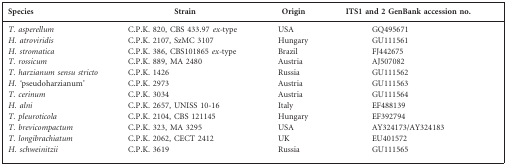
<table><thead><tr><td><b>Species</b></td><td><b>Strain</b></td><td><b>Origin</b></td><td><b>ITS1 and 2 GenBank accession no.</b></td></tr></thead><tbody><tr><td><i>T. asperellum</i></td><td>C.P.K. 820, CBS 433.97 <i>ex-</i>type</td><td>USA</td><td>GQ495671</td></tr><tr><td><i>H. atroviridis</i></td><td>C.P.K. 2107, SzMC 3107</td><td>Hungary</td><td>GU111561</td></tr><tr><td><i>H. stromatica</i></td><td>C.P.K. 386, CBS101865 <i>ex-</i>type</td><td>Brazil</td><td>FJ442675</td></tr><tr><td><i>T. rossicum</i></td><td>C.P.K. 889, MA 2480</td><td>Austria</td><td>AJ507082</td></tr><tr><td><i>T. harzianum</i><i>sensu stricto</i></td><td>C.P.K. 1426</td><td>Russia</td><td>GU111562</td></tr><tr><td><i>H. ‘</i>pseudoharzianum’</td><td>C.P.K. 2973</td><td>Austria</td><td>GU111563</td></tr><tr><td><i>T. cerinum</i></td><td>C.P.K. 3034</td><td>Austria</td><td>GU111564</td></tr><tr><td><i>H. alni</i></td><td>C.P.K. 2657, UNISS 10-16</td><td>Italy</td><td>EF488139</td></tr><tr><td><i>T. pleuroticola</i></td><td>C.P.K. 2104, CBS 121145</td><td>Hungary</td><td>EF392794</td></tr><tr><td><i>T. brevicompactum</i></td><td>C.P.K. 323, MA 3295</td><td>USA</td><td>AY324173/AY324183</td></tr><tr><td><i>T. longibrachiatum</i></td><td>C.P.K. 2062, CECT 2412</td><td>UK</td><td>EU401572</td></tr><tr><td><i>H. schweinitzii</i></td><td>C.P.K. 3619</td><td>Russia</td><td>GU111565</td></tr></tbody></table>